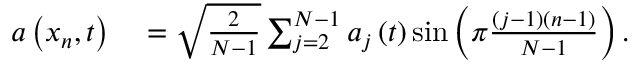
\begin{array} { r l } { a \left( x _ { n } , t \right) } & { { } = \sqrt { \frac { 2 } { N - 1 } } \sum _ { j = 2 } ^ { N - 1 } a _ { j } \left( t \right) \sin \left( \pi \frac { \left( j - 1 \right) \left( n - 1 \right) } { N - 1 } \right) . } \end{array}